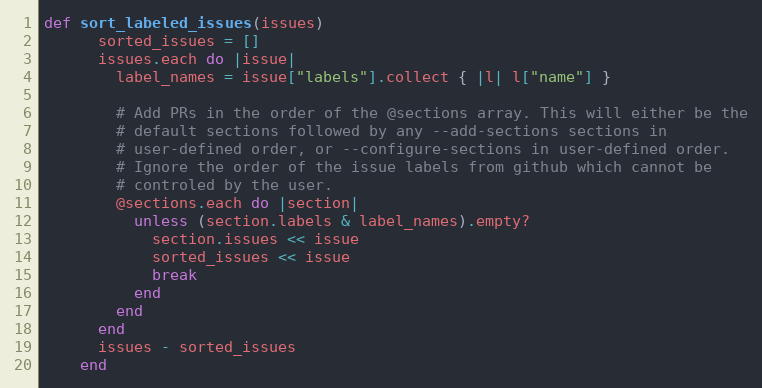
Language: Ruby
def sort_labeled_issues(issues)
      sorted_issues = []
      issues.each do |issue|
        label_names = issue["labels"].collect { |l| l["name"] }

        # Add PRs in the order of the @sections array. This will either be the
        # default sections followed by any --add-sections sections in
        # user-defined order, or --configure-sections in user-defined order.
        # Ignore the order of the issue labels from github which cannot be
        # controled by the user.
        @sections.each do |section|
          unless (section.labels & label_names).empty?
            section.issues << issue
            sorted_issues << issue
            break
          end
        end
      end
      issues - sorted_issues
    end